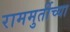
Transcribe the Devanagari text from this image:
राममुर्तीच्या